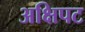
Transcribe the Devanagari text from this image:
अक्षिपट